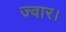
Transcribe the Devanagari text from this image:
ज्वार।